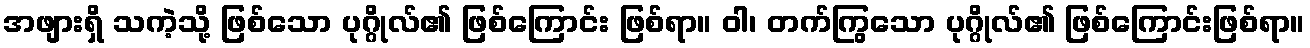
အဖျားရှိ သကဲ့သို့ ဖြစ်သော ပုဂ္ဂိုလ်၏ ဖြစ်ကြောင်း ဖြစ်ရာ။ ဝါ၊ တက်ကြွသော ပုဂ္ဂိုလ်၏ ဖြစ်ကြောင်းဖြစ်ရာ။